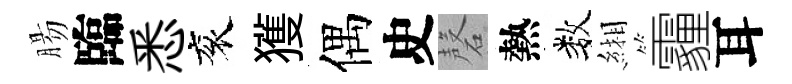
腸臨悉衮獲偶史磬熱数緗霾耳